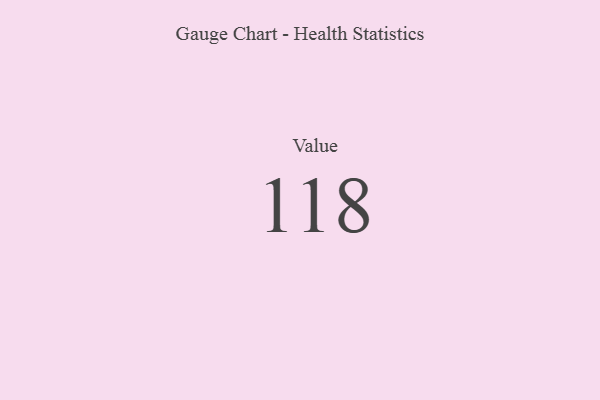
{"axis": {"x": "Metric", "y": "Value"}, "legend": [""], "data": [{"x": "Value", "y": 118, "type": ""}]}